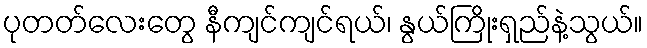
ပုတတ်လေးတွေ နီကျင်ကျင်ရယ်၊ နွယ်ကြိုးရှည်နဲ့သွယ်။